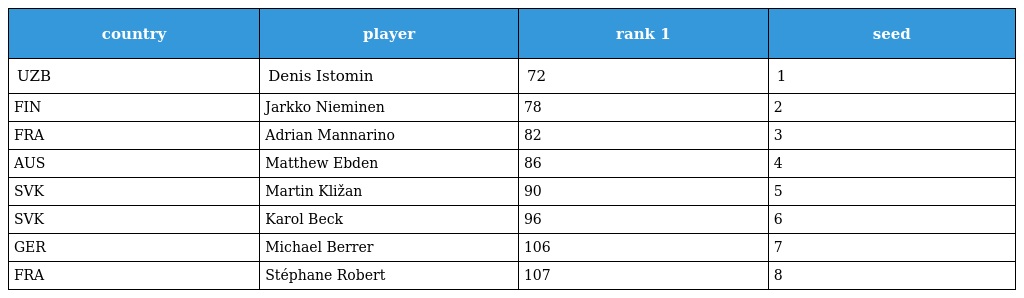
| country | player | rank 1 | seed |
 | --- | --- | --- | --- |
 | UZB | Denis Istomin | 72 | 1 |
 | FIN | Jarkko Nieminen | 78 | 2 |
 | FRA | Adrian Mannarino | 82 | 3 |
 | AUS | Matthew Ebden | 86 | 4 |
 | SVK | Martin Kližan | 90 | 5 |
 | SVK | Karol Beck | 96 | 6 |
 | GER | Michael Berrer | 106 | 7 |
 | FRA | Stéphane Robert | 107 | 8 |